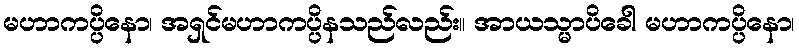
မဟာကပ္ပိနော၊ အရှင်မဟာကပ္ပိနသည်လည်း။ အာယသ္မာပိခေါ မဟာကပ္ပိနော၊